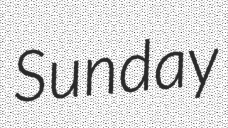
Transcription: Sunday